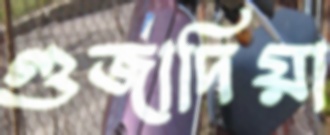
গুজাদিয়া